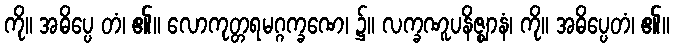
ကို။ အဓိပ္ပေ တံ၊ ၏။ လောကုတ္တရမဂ္ဂက္ခဏေ၊ ၌။ လက္ခဏူပနိဇ္ဈာနံ၊ ကို။ အဓိပ္ပေတံ၊ ၏။